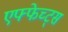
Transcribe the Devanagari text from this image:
एफ्फेच्ट्स